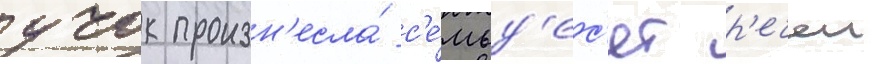
учок произн'есла́ с'е́мьд'ес'ят р'ечеи